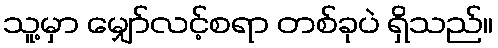
သူ့မှာ မျှော်လင့်စရာ တစ်ခုပဲ ရှိသည်။